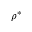
\rho ^ { * }